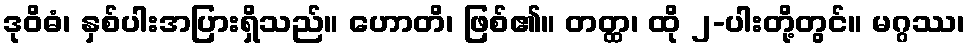
ဒုဝိဓံ၊ နှစ်ပါးအပြားရှိသည်။ ဟောတိ၊ ဖြစ်၏။ တတ္ထ၊ ထို ၂-ပါးတို့တွင်။ မဂ္ဂဿ၊